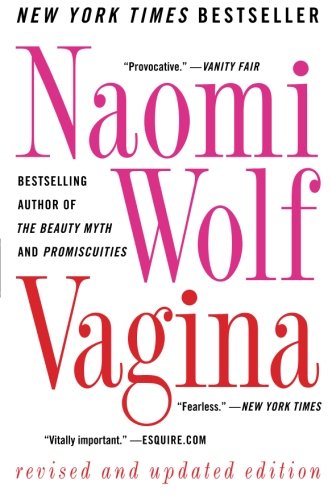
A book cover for Vagina: Revised and Updated; Naomi Wolf; Science & Math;